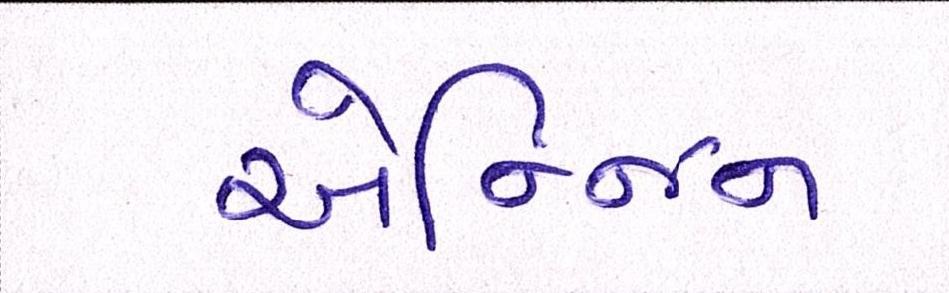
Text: એન્જિન